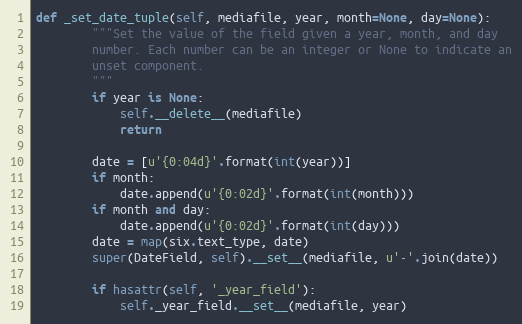
Language: Python
def _set_date_tuple(self, mediafile, year, month=None, day=None):
        """Set the value of the field given a year, month, and day
        number. Each number can be an integer or None to indicate an
        unset component.
        """
        if year is None:
            self.__delete__(mediafile)
            return

        date = [u'{0:04d}'.format(int(year))]
        if month:
            date.append(u'{0:02d}'.format(int(month)))
        if month and day:
            date.append(u'{0:02d}'.format(int(day)))
        date = map(six.text_type, date)
        super(DateField, self).__set__(mediafile, u'-'.join(date))

        if hasattr(self, '_year_field'):
            self._year_field.__set__(mediafile, year)